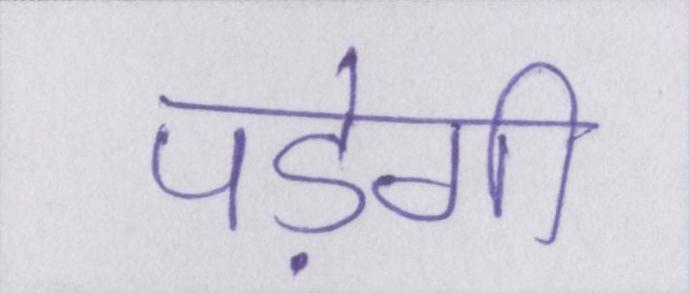
पड़ेगी